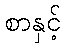
စာနှင့်